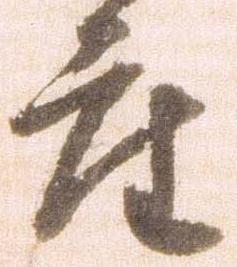
座